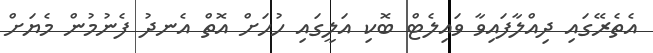
އެތެރޭގައި ދިއްލާފައިވާ ވައިލެޓް ބޮކި އަލީގައި ހުހަށް އޮތް އެނދު ފެނުމުން މެޔަށް